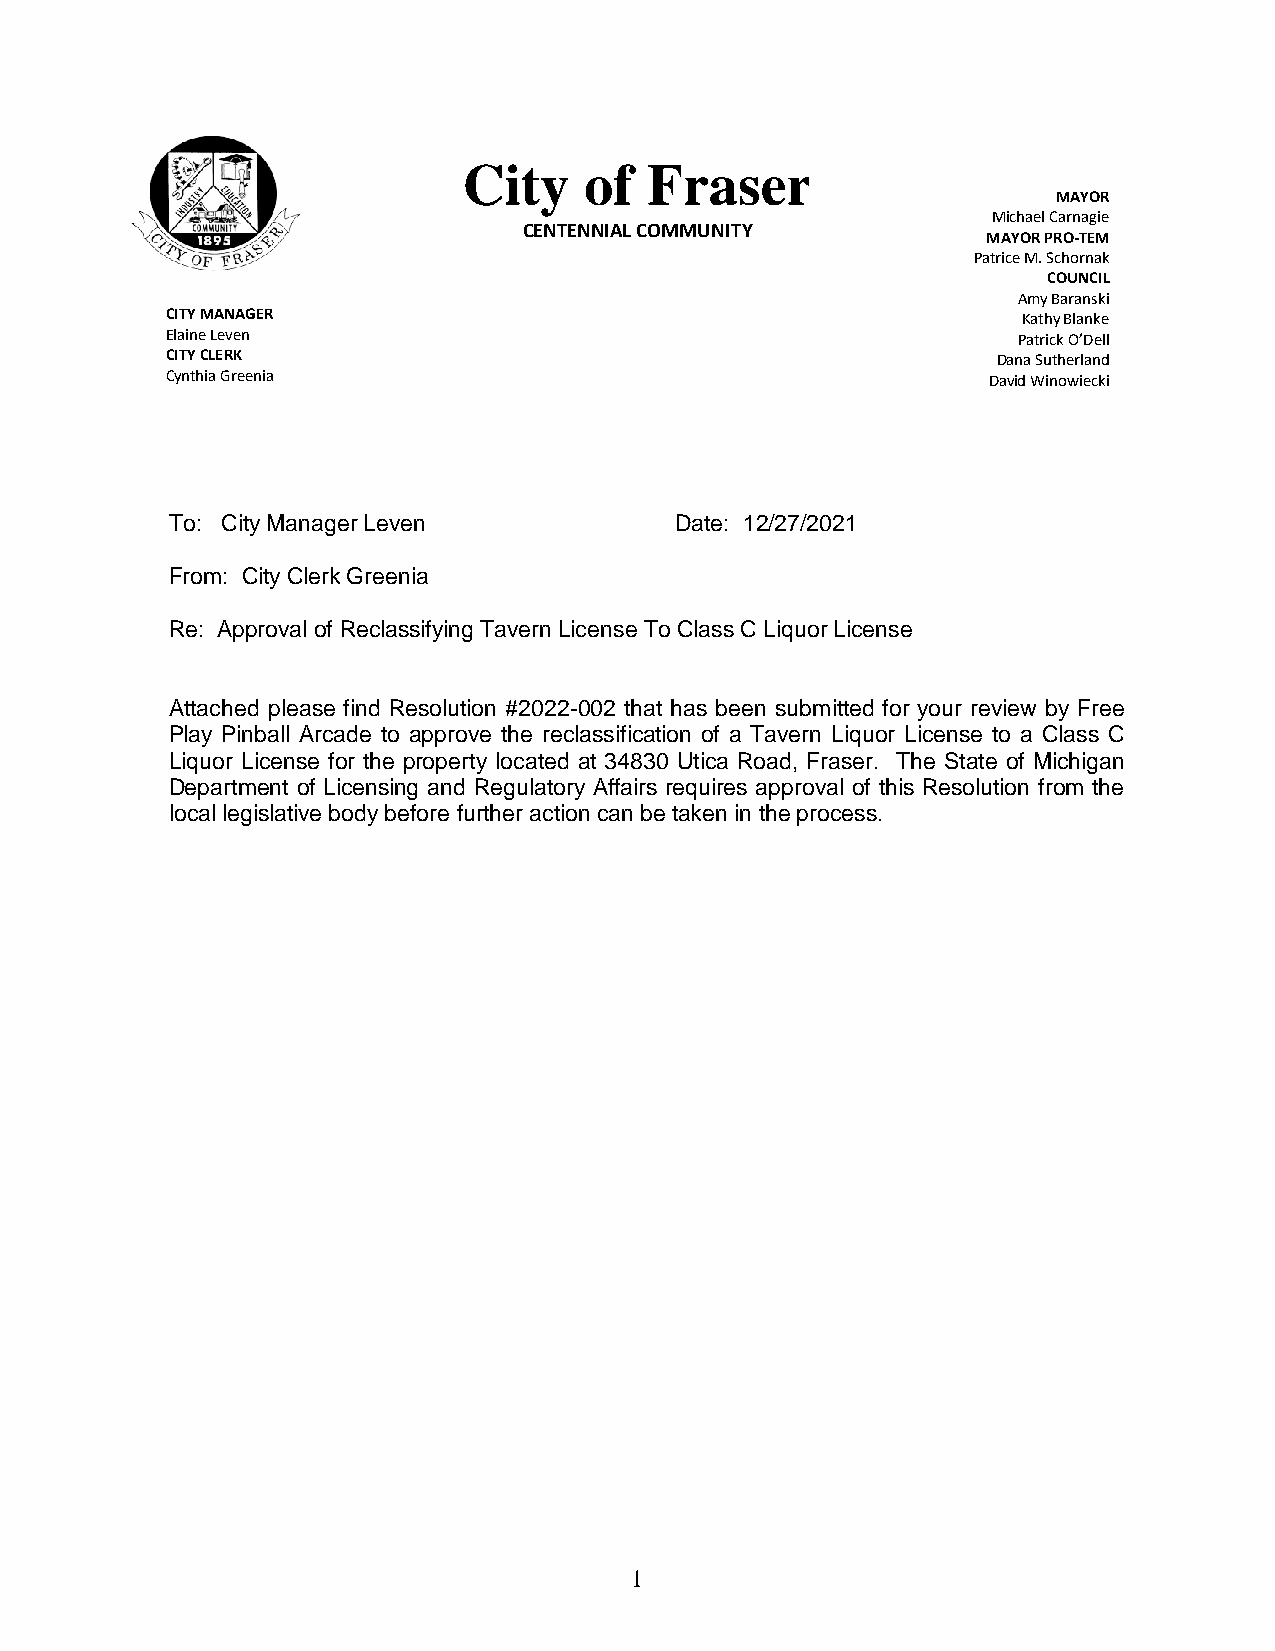
City    of  Fraser
 MAYOR
 Michael Carnagie
 CENTENNIAL COMMUNITY
 MAYOR PRO-TEM
 Patrice M. Schornak
 COUNCIL
 Amy Baranski
 CITY MANAGER                                             Kathy Blanke
 Elaine Leven                                            Patrick O’Dell
 CITY CLERK                                             Dana Sutherland
 Cynthia Greenia                                       David Winowiecki
 To: City Manager Leven            Date: 12/27/2021
 From: City Clerk Greenia
 Re: Approval of Reclassifying Tavern License To Class C Liquor License
 Attached please find Resolution #2022-002 that has been submitted for your review by Free
 Play Pinball Arcade to approve the reclassification of a Tavern Liquor License to a Class C
 Liquor License for the property located at 34830 Utica Road, Fraser. The State of Michigan
 Department of Licensing and Regulatory Affairs requires approval of this Resolution from the
 local legislative body before further action can be taken in the process.
 1